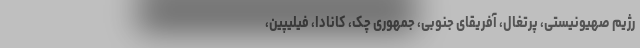
رژیم صهیونیستی، پرتغال، آفریقای جنوبی، جمهوری چک، کانادا، فیلیپین،